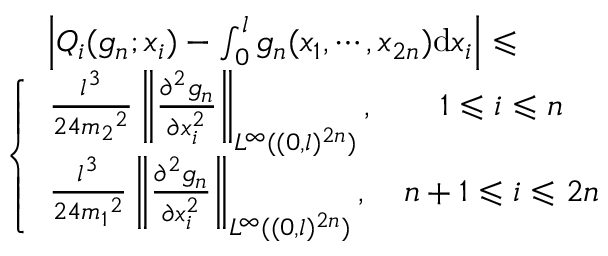
\begin{array} { r l } & { ~ ~ ~ ~ \left| Q _ { i } ( g _ { n } ; x _ { i } ) - \int _ { 0 } ^ { l } g _ { n } ( x _ { 1 } , \cdots , x _ { 2 n } ) \mathrm { d } x _ { i } \right| \leqslant } \\ & { \left\{ \begin{array} { l c r } { \frac { l ^ { 3 } } { 2 4 { m _ { 2 } } ^ { 2 } } \left\| \frac { \partial ^ { 2 } g _ { n } } { \partial x _ { i } ^ { 2 } } \right\| _ { L ^ { \infty } ( ( 0 , l ) ^ { 2 n } ) } , } & { 1 \leqslant i \leqslant n } \\ { \frac { l ^ { 3 } } { 2 4 { m _ { 1 } } ^ { 2 } } \left\| \frac { \partial ^ { 2 } g _ { n } } { \partial x _ { i } ^ { 2 } } \right\| _ { L ^ { \infty } ( ( 0 , l ) ^ { 2 n } ) } , } & { { n + 1 } \leqslant i \leqslant 2 n } \end{array} \right. } \end{array}